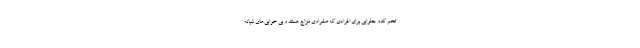
تخم کدو حلوایی برای افرادی که صفراوی مزاج هستند و بی خوابی‌های شبانه